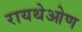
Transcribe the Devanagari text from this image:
रायथेओण